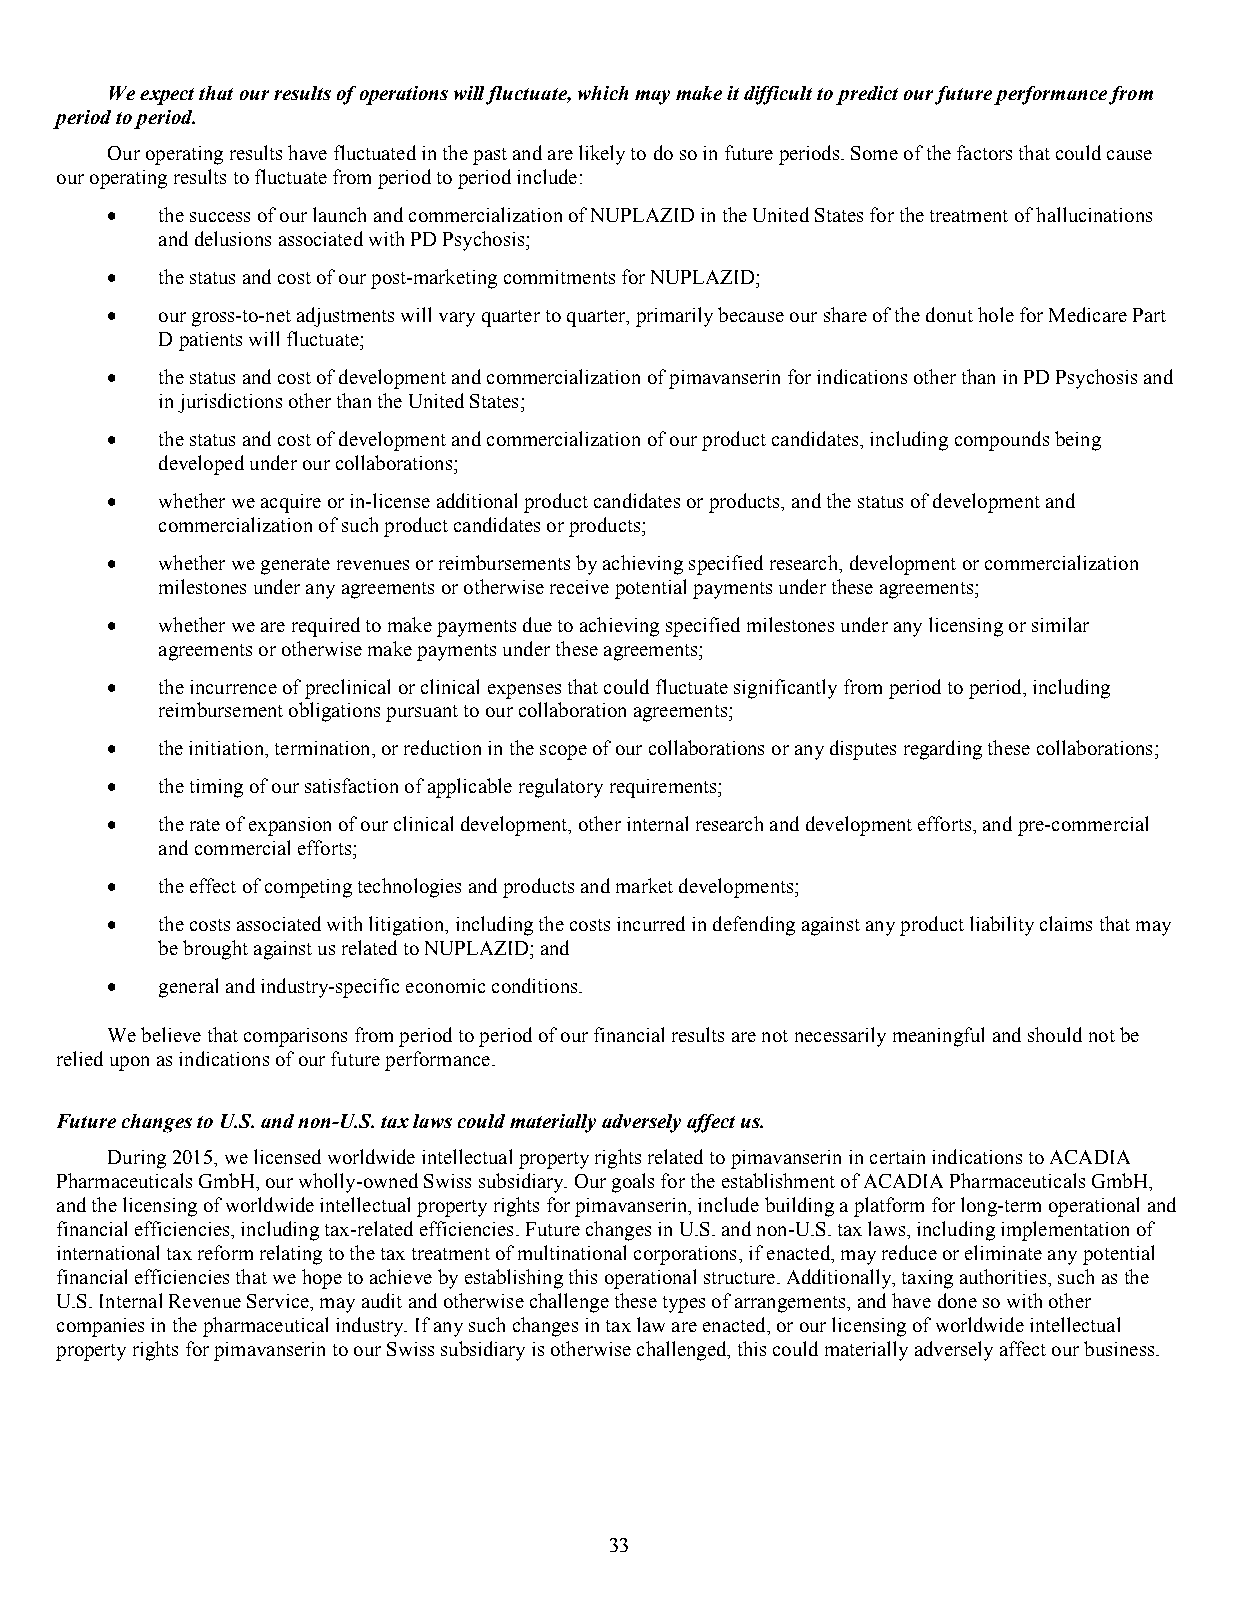
We expect that our results of operations will fluctuate, which may make it difficult to predict our future performance from
 period to period.
 Our operating results have fluctuated in the past and are likely to do so in future periods. Some of the factors that could cause
 our operating results to fluctuate from period to period include:
   the success of our launch and commercialization of NUPLAZID in the United States for the treatment of hallucinations
 and delusions associated with PD Psychosis;
   the status and cost of our post-marketing commitments for NUPLAZID;
   our gross-to-net adjustments will vary quarter to quarter, primarily because our share of the donut hole for Medicare Part
 D patients will fluctuate;
   the status and cost of development and commercialization of pimavanserin for indications other than in PD Psychosis and
 in jurisdictions other than the United States;
   the status and cost of development and commercialization of our product candidates, including compounds being
 developed under our collaborations;
   whether we acquire or in-license additional product candidates or products, and the status of development and
 commercialization of such product candidates or products;
   whether we generate revenues or reimbursements by achieving specified research, development or commercialization
 milestones under any agreements or otherwise receive potential payments under these agreements;
   whether we are required to make payments due to achieving specified milestones under any licensing or similar
 agreements or otherwise make payments under these agreements;
   the incurrence of preclinical or clinical expenses that could fluctuate significantly from period to period, including
 reimbursement obligations pursuant to our collaboration agreements;
   the initiation, termination, or reduction in the scope of our collaborations or any disputes regarding these collaborations;
   the timing of our satisfaction of applicable regulatory requirements;
   the rate of expansion of our clinical development, other internal research and development efforts, and pre-commercial
 and commercial efforts;
   the effect of competing technologies and products and market developments;
   the costs associated with litigation, including the costs incurred in defending against any product liability claims that may
 be brought against us related to NUPLAZID; and
   general and industry-specific economic conditions.
 We believe that comparisons from period to period of our financial results are not necessarily meaningful and should not be
 relied upon as indications of our future performance.
 Future changes to U.S. and non-U.S. tax laws could materially adversely affect us.
 During 2015, we licensed worldwide intellectual property rights related to pimavanserin in certain indications to ACADIA
 Pharmaceuticals GmbH, our wholly-owned Swiss subsidiary. Our goals for the establishment of ACADIA Pharmaceuticals GmbH,
 and the licensing of worldwide intellectual property rights for pimavanserin, include building a platform for long-term operational and
 financial efficiencies, including tax-related efficiencies. Future changes in U.S. and non-U.S. tax laws, including implementation of
 international tax reform relating to the tax treatment of multinational corporations, if enacted, may reduce or eliminate any potential
 financial efficiencies that we hope to achieve by establishing this operational structure. Additionally, taxing authorities, such as the
 U.S. Internal Revenue Service, may audit and otherwise challenge these types of arrangements, and have done so with other
 companies in the pharmaceutical industry. If any such changes in tax law are enacted, or our licensing of worldwide intellectual
 property rights for pimavanserin to our Swiss subsidiary is otherwise challenged, this could materially adversely affect our business.
 33